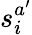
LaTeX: s_{i}^{a^{\prime}}